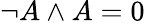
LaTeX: \neg A\land A=0